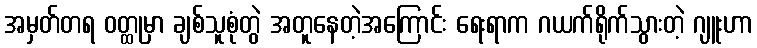
အမှတ်တရ ဝတ္ထုမှာ ချစ်သူစုံတွဲ အတူနေတဲ့အကြောင်း ရေးရာက ဂယက်ရိုက်သွားတဲ့ ဂျူးဟာ